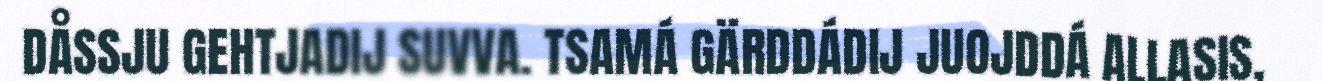
DÅSSJU GEHTJADIJ SUVVA. TSAMÁ GÄRDDÁDIJ JUOJDDÁ ALLASIS,